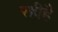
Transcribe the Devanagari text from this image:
रहीहै